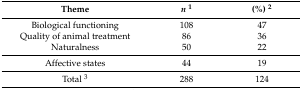
<table><thead><tr><td><b>Theme</b></td><td><b><i>n</i><sup>1</sup></b></td><td><b>(%) <sup>2</sup></b></td></tr></thead><tbody><tr><td>Biological functioning</td><td>108</td><td>47</td></tr><tr><td>Quality of animal treatment</td><td>86</td><td>36</td></tr><tr><td>Naturalness</td><td>50</td><td>22</td></tr><tr><td>Affective states</td><td>44</td><td>19</td></tr><tr><td>Total <sup>3</sup></td><td>288</td><td>124</td></tr></tbody></table>